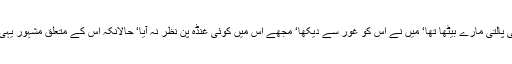
وہ مغل بازار میں ایک بزاز کی دُکان پر آلتی پالتی مارے بیٹھا تھا‘ میں نے اُس کو غور سے دیکھا‘ مجھے اس میں کوئی غنڈہ پن نظر نہ آیا‘ حالانکہ اُس کے متعلق مشہور یہی تھا کہ ہندوؤں کا وہ سب سے بڑا غنڈہ ہے۔